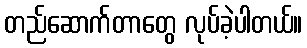
တည်ဆောက်တာတွေ လုပ်ခဲ့ပါတယ်။